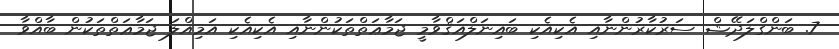
7. ބަންގްލަދޭޝް ސަރުކާރުންނާއި އެކިއެކި ބައިނަލްއަޤްވާމީ ޖަމާޢަތްތަކުންނާއި އެކިއެކި އަމިއްލަ ޖަމާޢަތްތަކުން ބާއްވާ